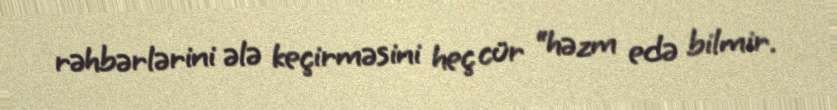
rəhbərlərini ələ keçirməsini heç cür “həzm edə bilmir.